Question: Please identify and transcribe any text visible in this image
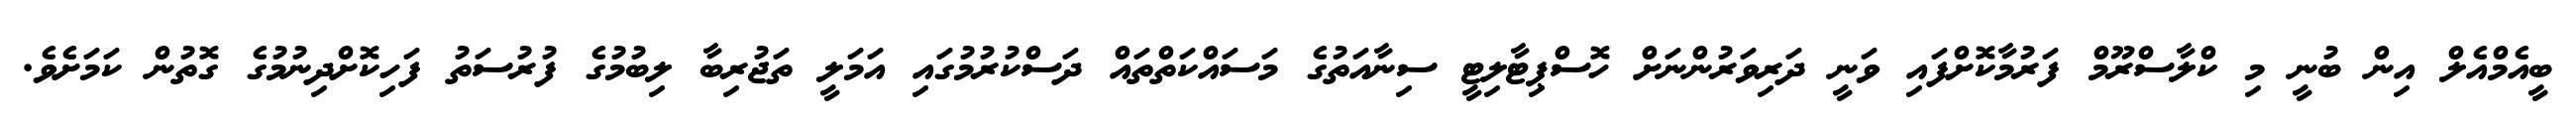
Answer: ބީއެމްއެލް އިން ބުނީ މި ކްލާސްރޫމް ފަރުމާކޮށްފައި ވަނީ ދަރިވަރުންނަށް ހޮސްޕިޓާލިޓީ ސިނާއަތުގެ މަސައްކަތްތައް ދަސްކުރުމުގައި އަމަލީ ތަޖުރިބާ ލިބުމުގެ ފުރުސަތު ފަހިކޮށްދިނުމުގެ ގޮތުން ކަމަށެވެ.